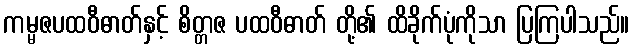
ကမ္မဇပထဝီဓာတ်နှင့် စိတ္တဇ ပထဝီဓာတ် တို့၏ ထိခိုက်ပုံကိုသာ ပြကြပါသည်။